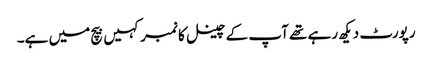
رپورٹ دیکھ رہے تھے آپ کے چینل کا نمبر کہیں بیچ میں ہے۔